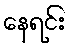
နေရင်း